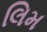
લિમ